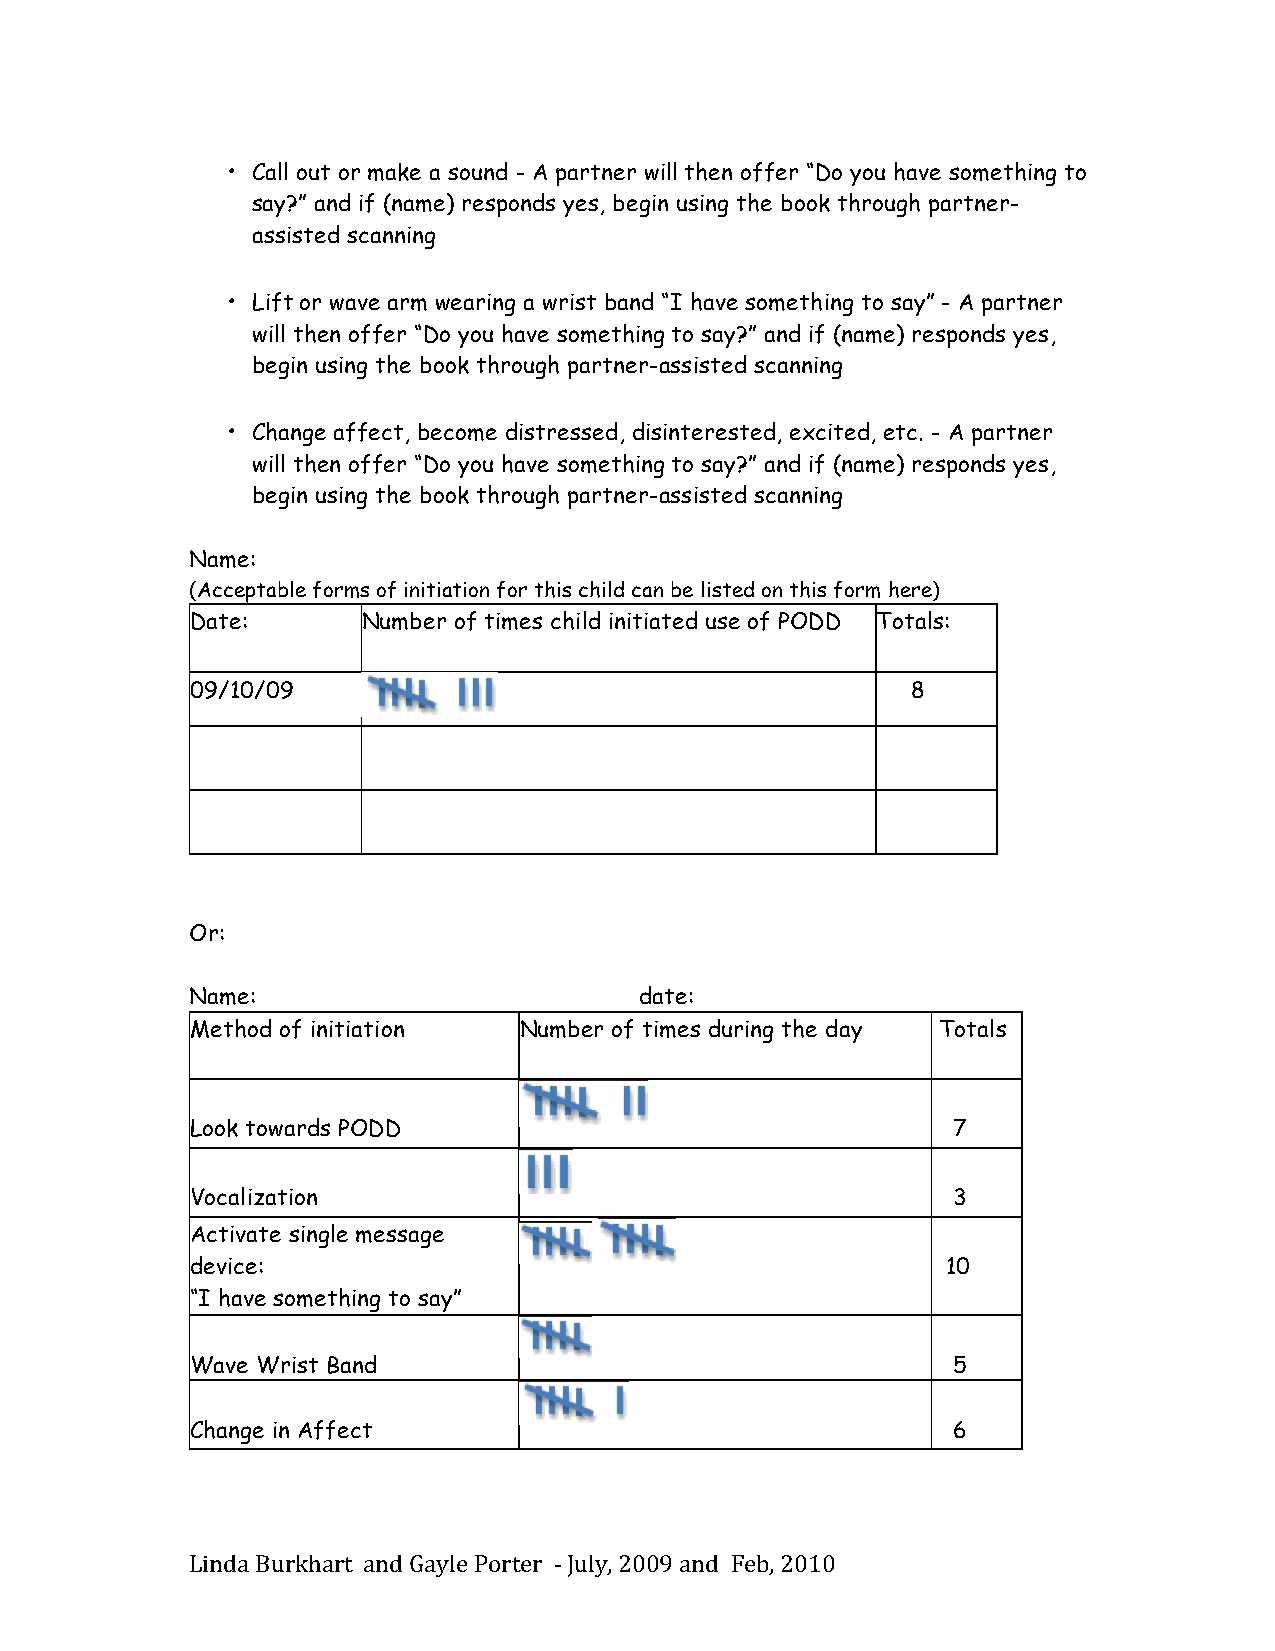
• Call out or make a sound - A partner will then offer “Do you have something to
 say?” and if (name) responds yes, begin using the book through partner-
 assisted scanning
 • Lift or wave arm wearing a wrist band “I have something to say” - A partner
 will then offer “Do you have something to say?” and if (name) responds yes,
 begin using the book through partner-assisted scanning
 • Change affect, become distressed, disinterested, excited, etc. - A partner
 will then offer “Do you have something to say?” and if (name) responds yes,
 begin using the book through partner-assisted scanning
 Name:
 (Acceptable forms of initiation for this child can be listed on this form here)
 Date:      Number of times child initiated use of PODD Totals:
 09/10/09                                       8
 Or:
 Name:                        date:
 Method of initiation Number of times during the day Totals
 Look towards PODD                                 7
 Vocalization                                      3
 Activate single message
 device:                                           10
 “I have something to say”
 Wave Wrist Band                                   5
 Change in Affect                                  6
 Linda Burkhart and Gayle Porter -­‐‑ July, 2009 and Feb, 2010